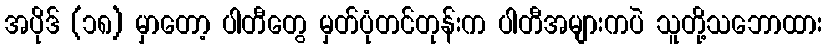
အပိုဒ် (၁၈) မှာတော့ ပါတီတွေ မှတ်ပုံတင်တုန်းက ပါတီအများကပဲ သူတို့သဘောထား